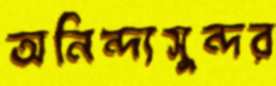
অনিন্দ্যসুন্দর